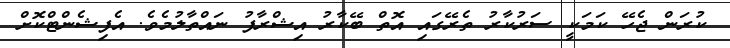
ކުރަން ޖެހޭ ކަމަކީ ސަރުކާރު ތެރޭގައި އޮތް ބޭކާރު އިޝްރާފު ނައްތާލުމެވެ. އެފިޝެންޓްކޮށް